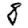
Digit: 8